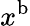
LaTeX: x^{\textup{b}}